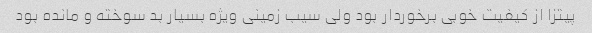
پیتزا از کیفیت خوبی برخوردار بود ولی سیب زمینی ویژه بسیار بد سوخته و مانده بود